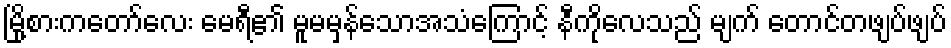
မြို့စားကတော်လေး မေရီ၏ မူမမှန်သောအသံကြောင့် နီကိုလေသည် မျက် တောင်တဖျပ်ဖျပ်